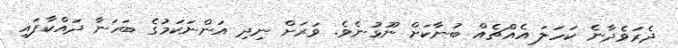
ދެރަވެދާނެ ކަހަލަ އެއްޗެއް ބުނާކަށް ނޫޅުނެވެ. ވަރަށް ނިދި އަންނަކަމުގެ ބަހަނާ ދައްކާފައި